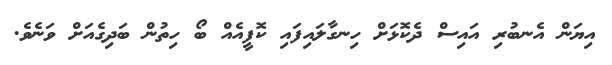
އިޔަން އެނބުރި އައިސް ދެކޮޅަށް ހިނގާލައިފައި ކޮފީއެއް ބޯ ހިތުން ބަދިގެއަށް ވަނެވެ.